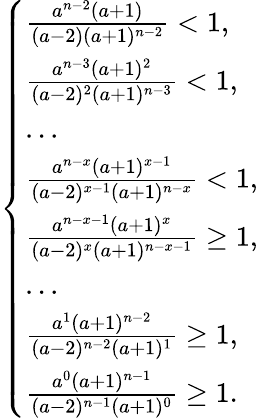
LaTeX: \left\{ \begin{array}{ll}{\frac{a^{n-2}(a+1)}{(a-2)(a+1)^{n-2}}<1,}\\ {\frac{a^{n-3}(a+1)^{2}}{(a-2)^{2}(a+1)^{n-3}}<1,}\\ {...}\\ {\frac{a^{n-x}(a+1)^{x-1}}{(a-2)^{x-1}(a+1)^{n-x}}<1,}\\ {\frac{a^{n-x-1}(a+1)^{x}}{(a-2)^{x}(a+1)^{n-x-1}}\geq 1,}\\ {...}\\ {\frac{a^{1}(a+1)^{n-2}}{(a-2)^{n-2}(a+1)^{1}}\geq 1,}\\ {\frac{a^{0}(a+1)^{n-1}}{(a-2)^{n-1}(a+1)^{0}}\geq 1.}\end{array}\right.